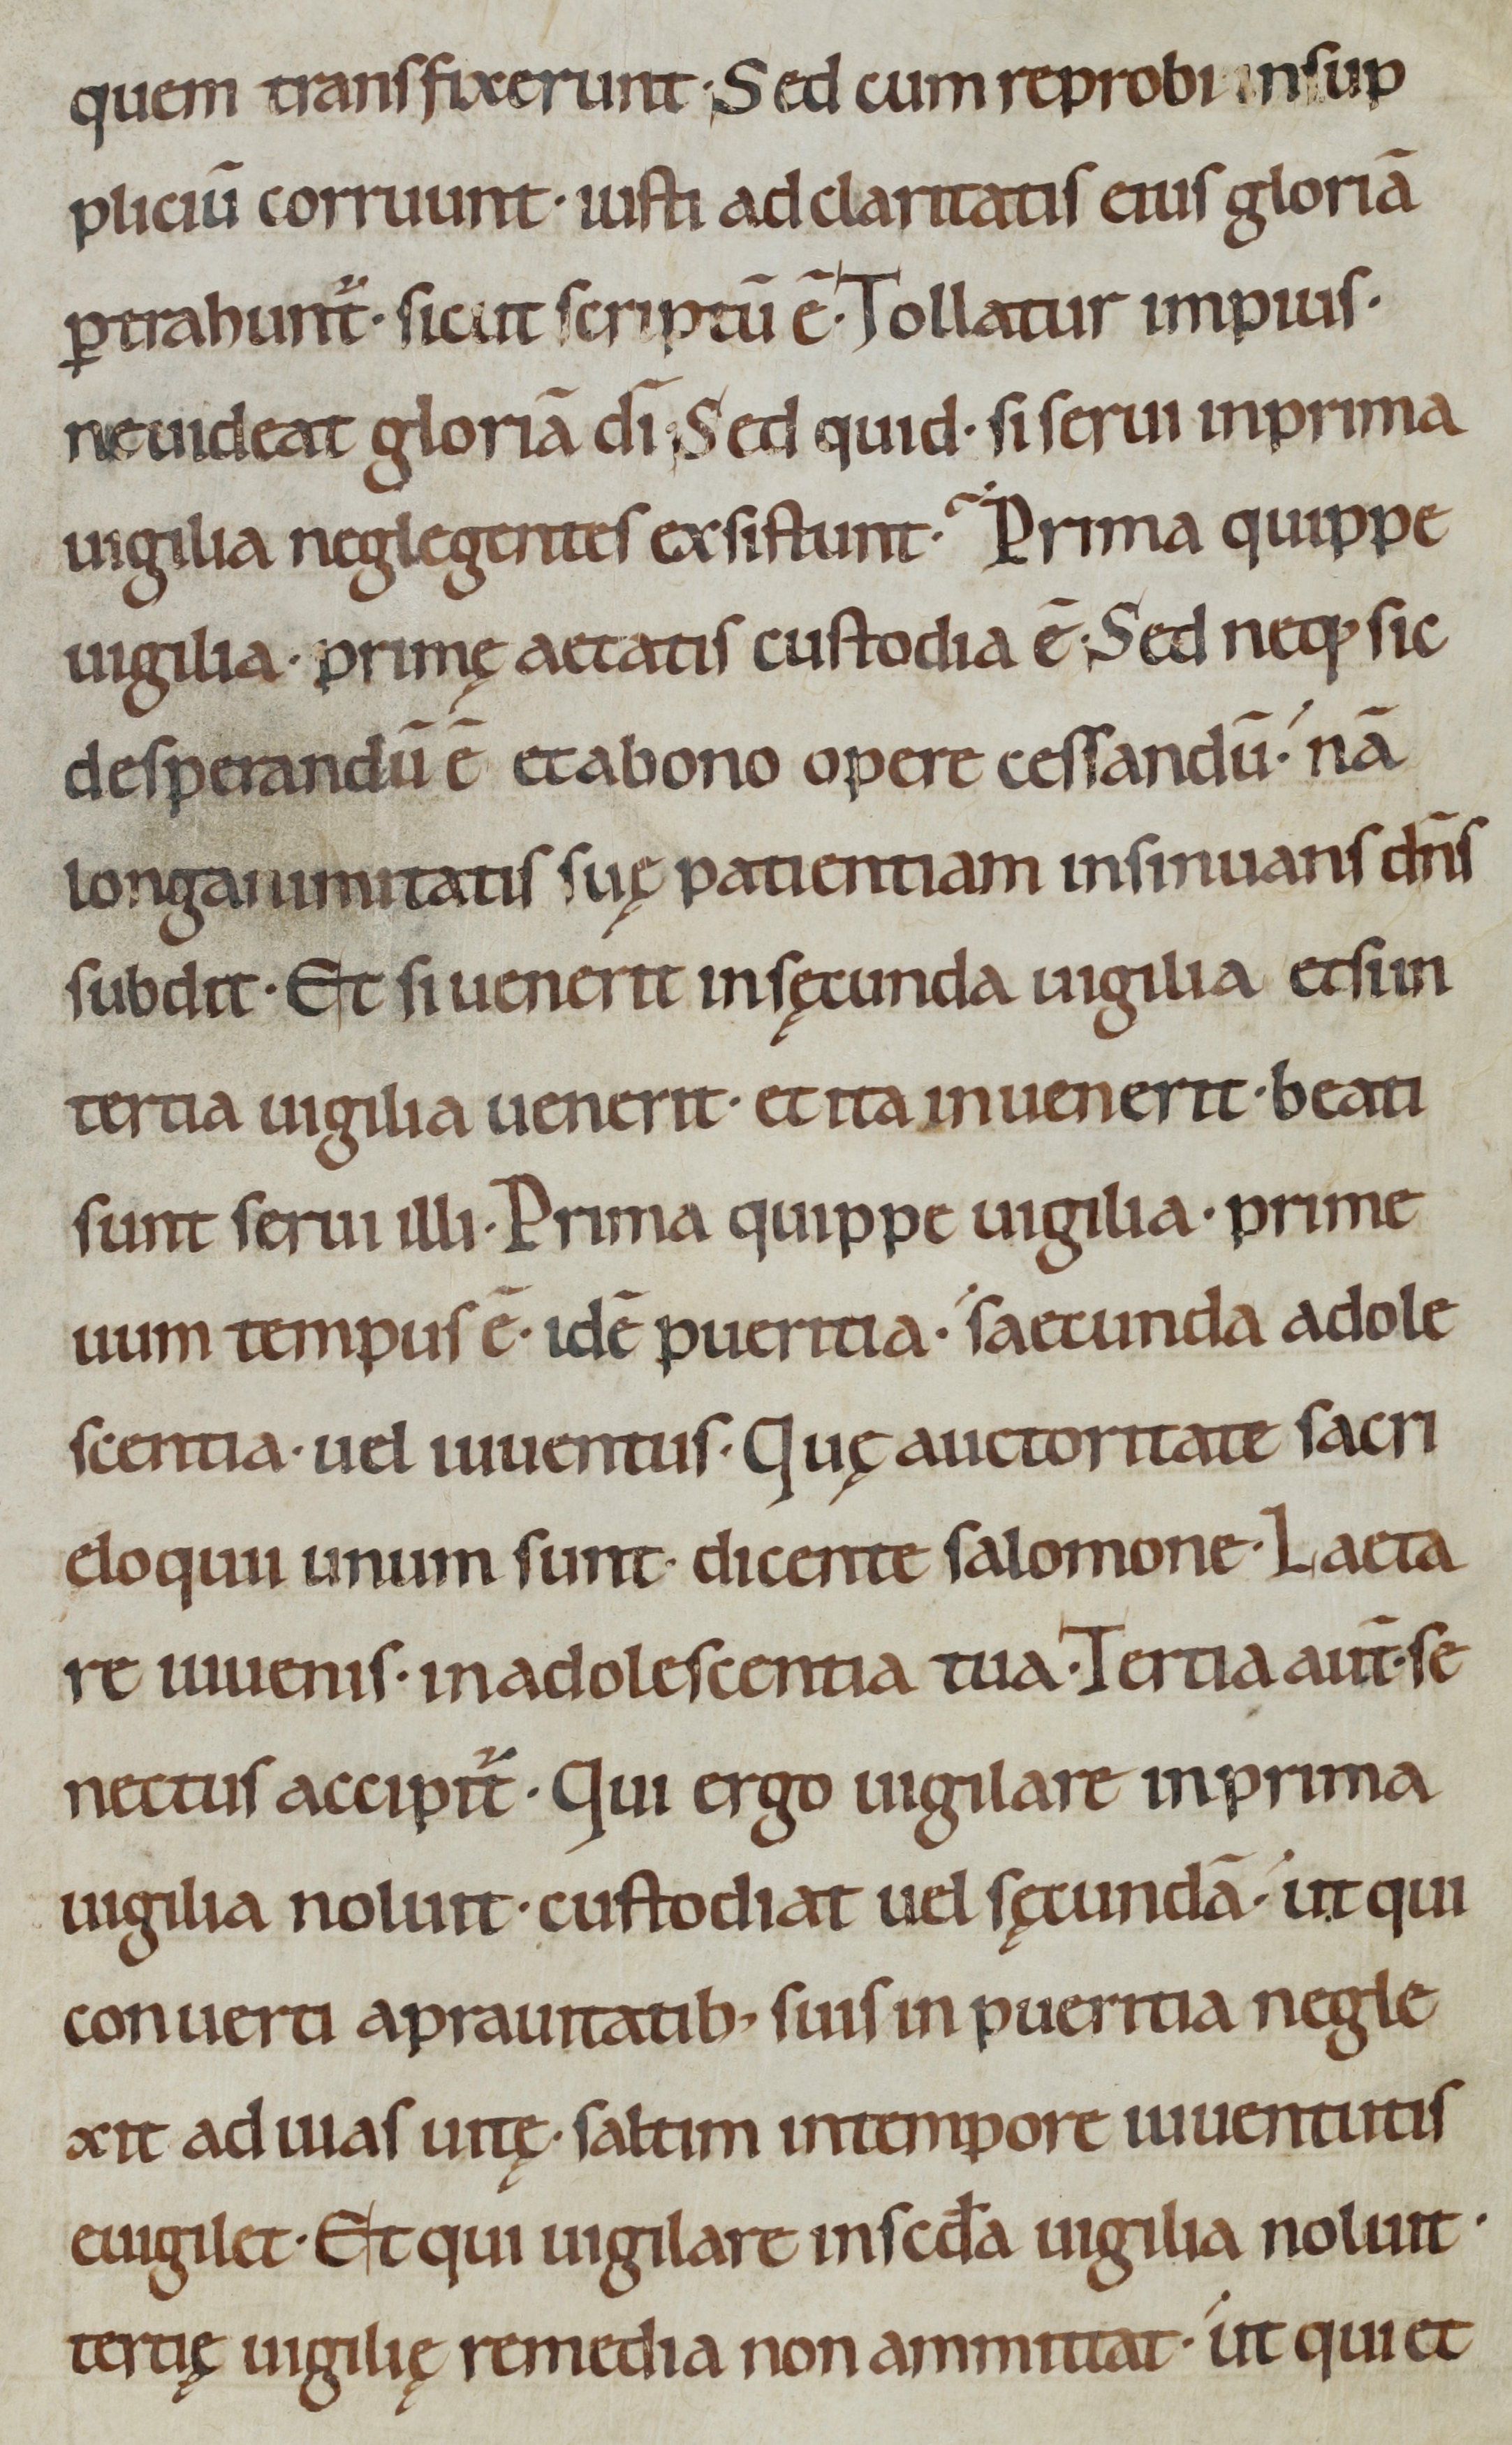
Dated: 1000–1099